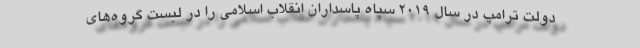
دولت ترامپ در سال 2019 سپاه پاسداران انقلاب اسلامی را در لیست گروه‌های